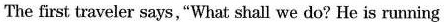
The first traveler says,"What shall we do? He is running